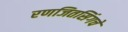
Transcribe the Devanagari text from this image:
रणजितसिंगचे